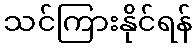
သင်ကြားနိုင်ရန်